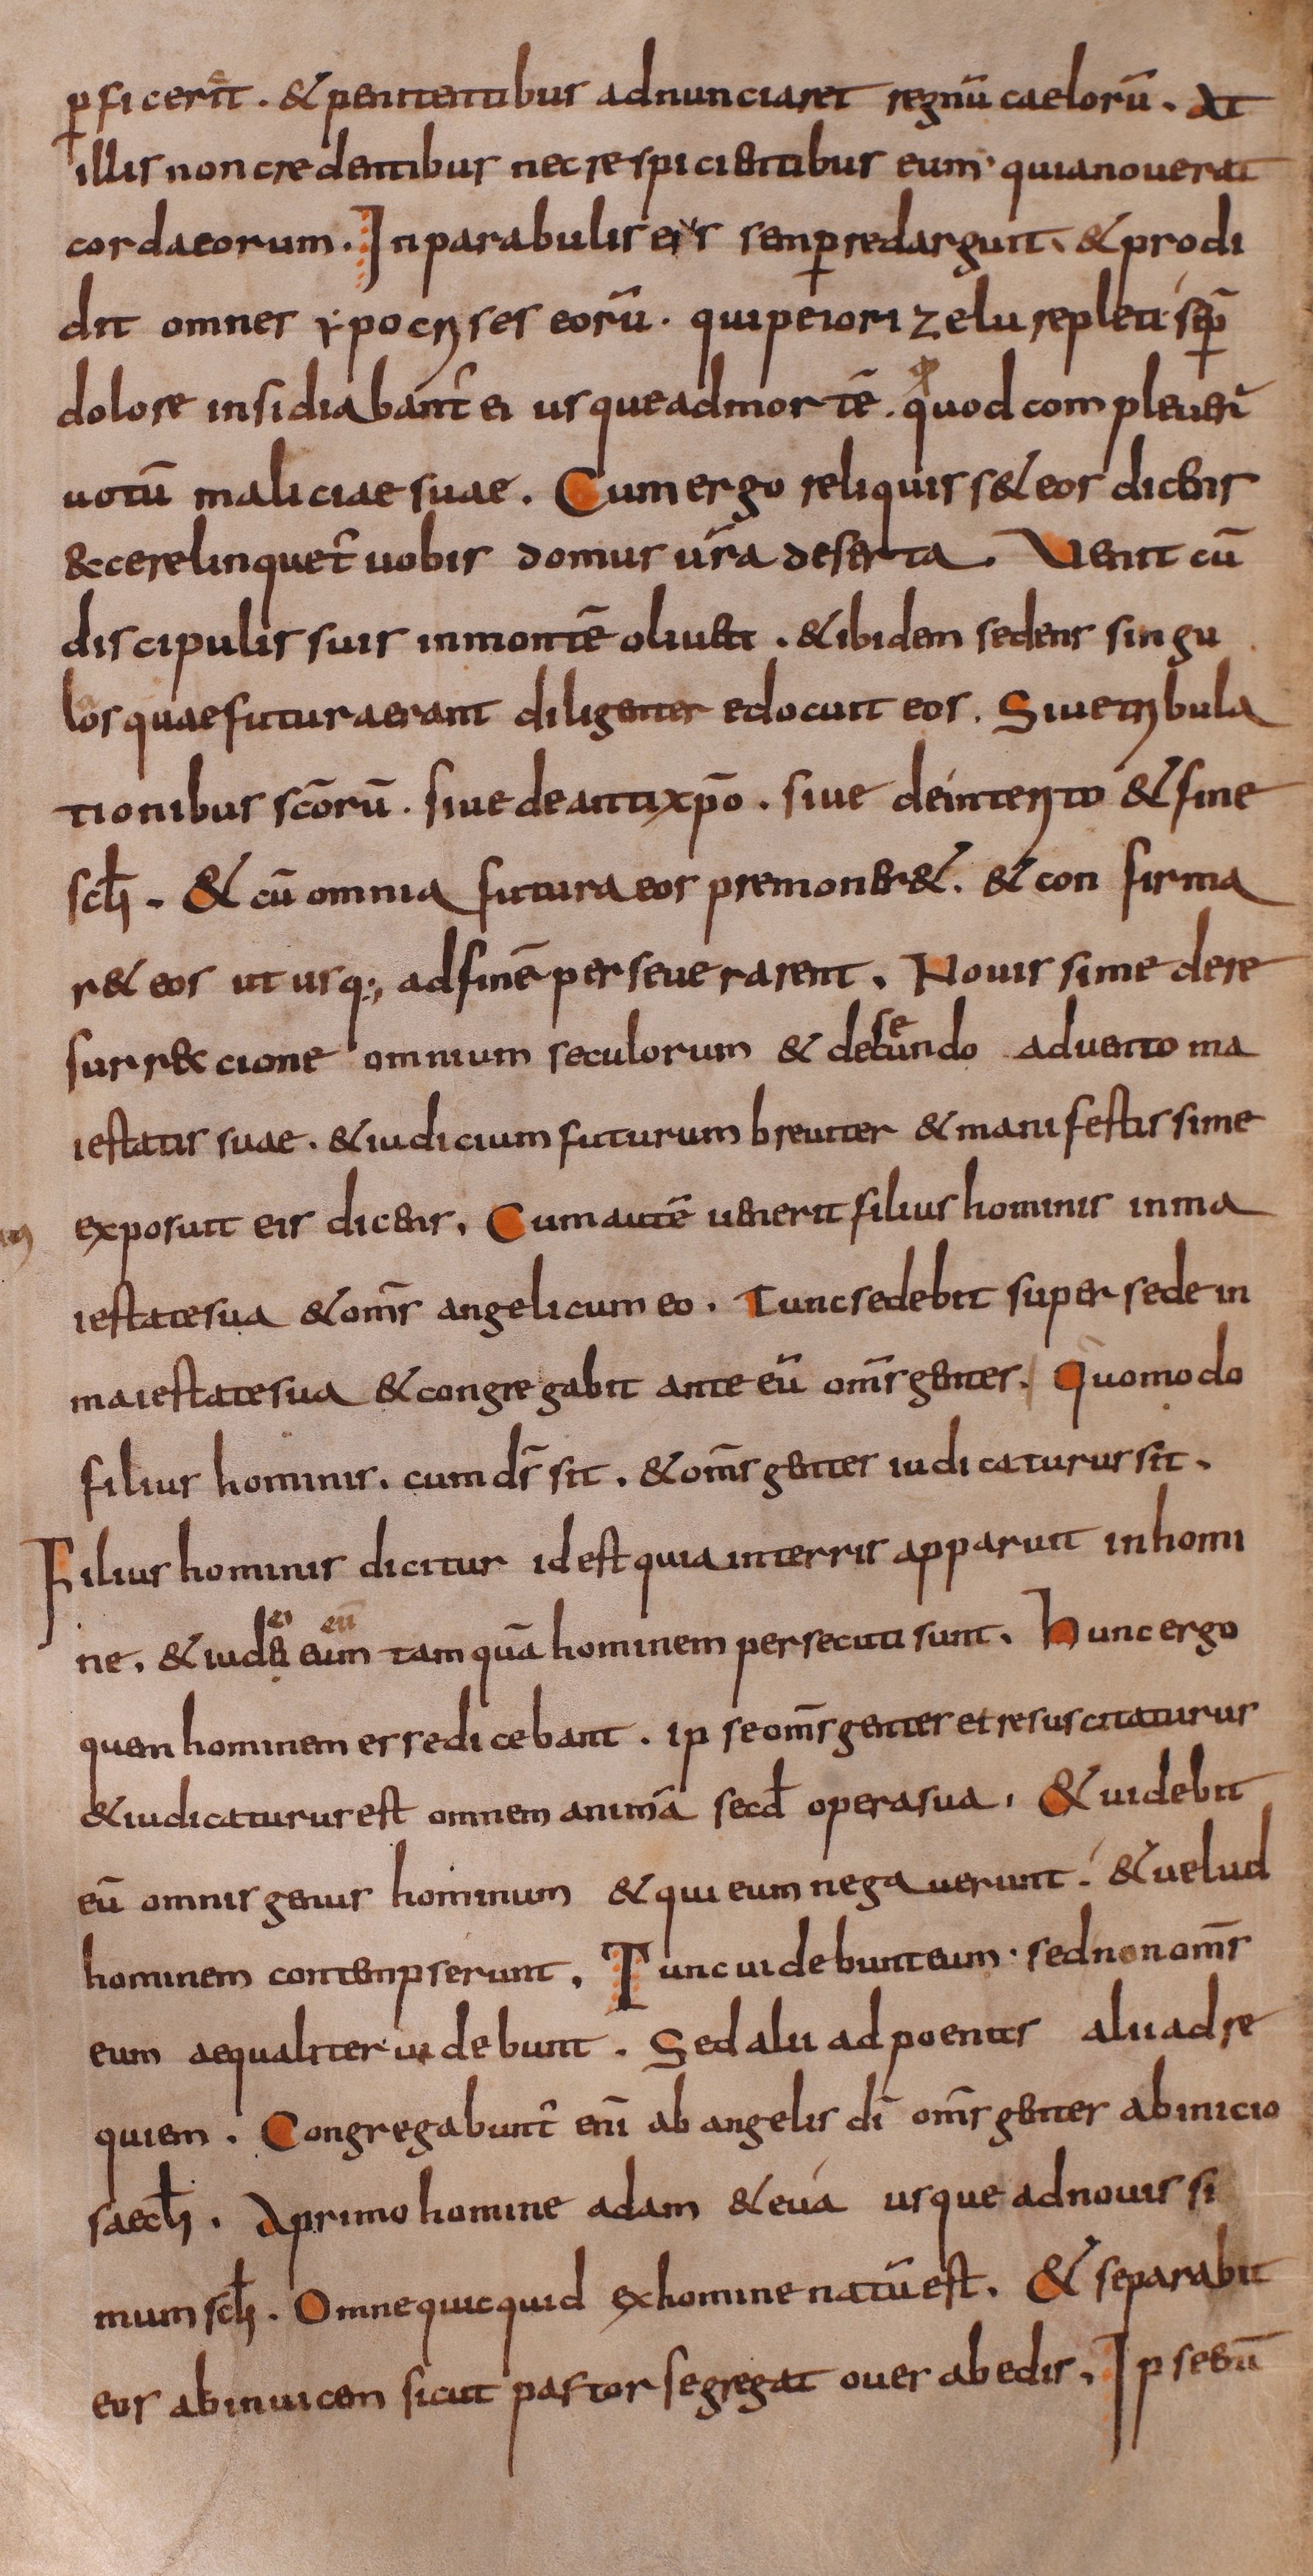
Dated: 800–849